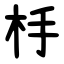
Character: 杽